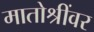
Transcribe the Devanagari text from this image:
मातोश्रींवर